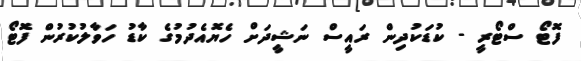
ފޮޓޯ ސްޓޯރީ - ކުޑަކުދިން ރައީސް ނަޝީދަށް ހެޔޮއެދުމުގެ ކާޑު ހަވާލުކުރުން ފޮޓޯ